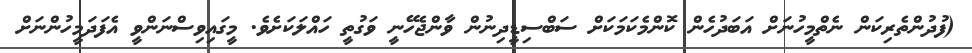
(ފުދުންތެރިކަން ނެތްމީހުނަށް އަބަދުހެން ކޮންމެކަމަކަށް ސަބްސިޑީދިނުން ވާންޖެހޭނީ ވަގުތީ ހައްލަކަށެވެ. މީގައިވިސްނަންވީ އެފަދަމީހުންނަށް